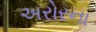
અરોરના